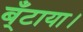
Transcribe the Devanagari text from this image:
ब्ँटाया।